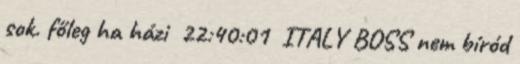
sok. főleg ha házi 22:40:01 ITALY BOSS nem bíród